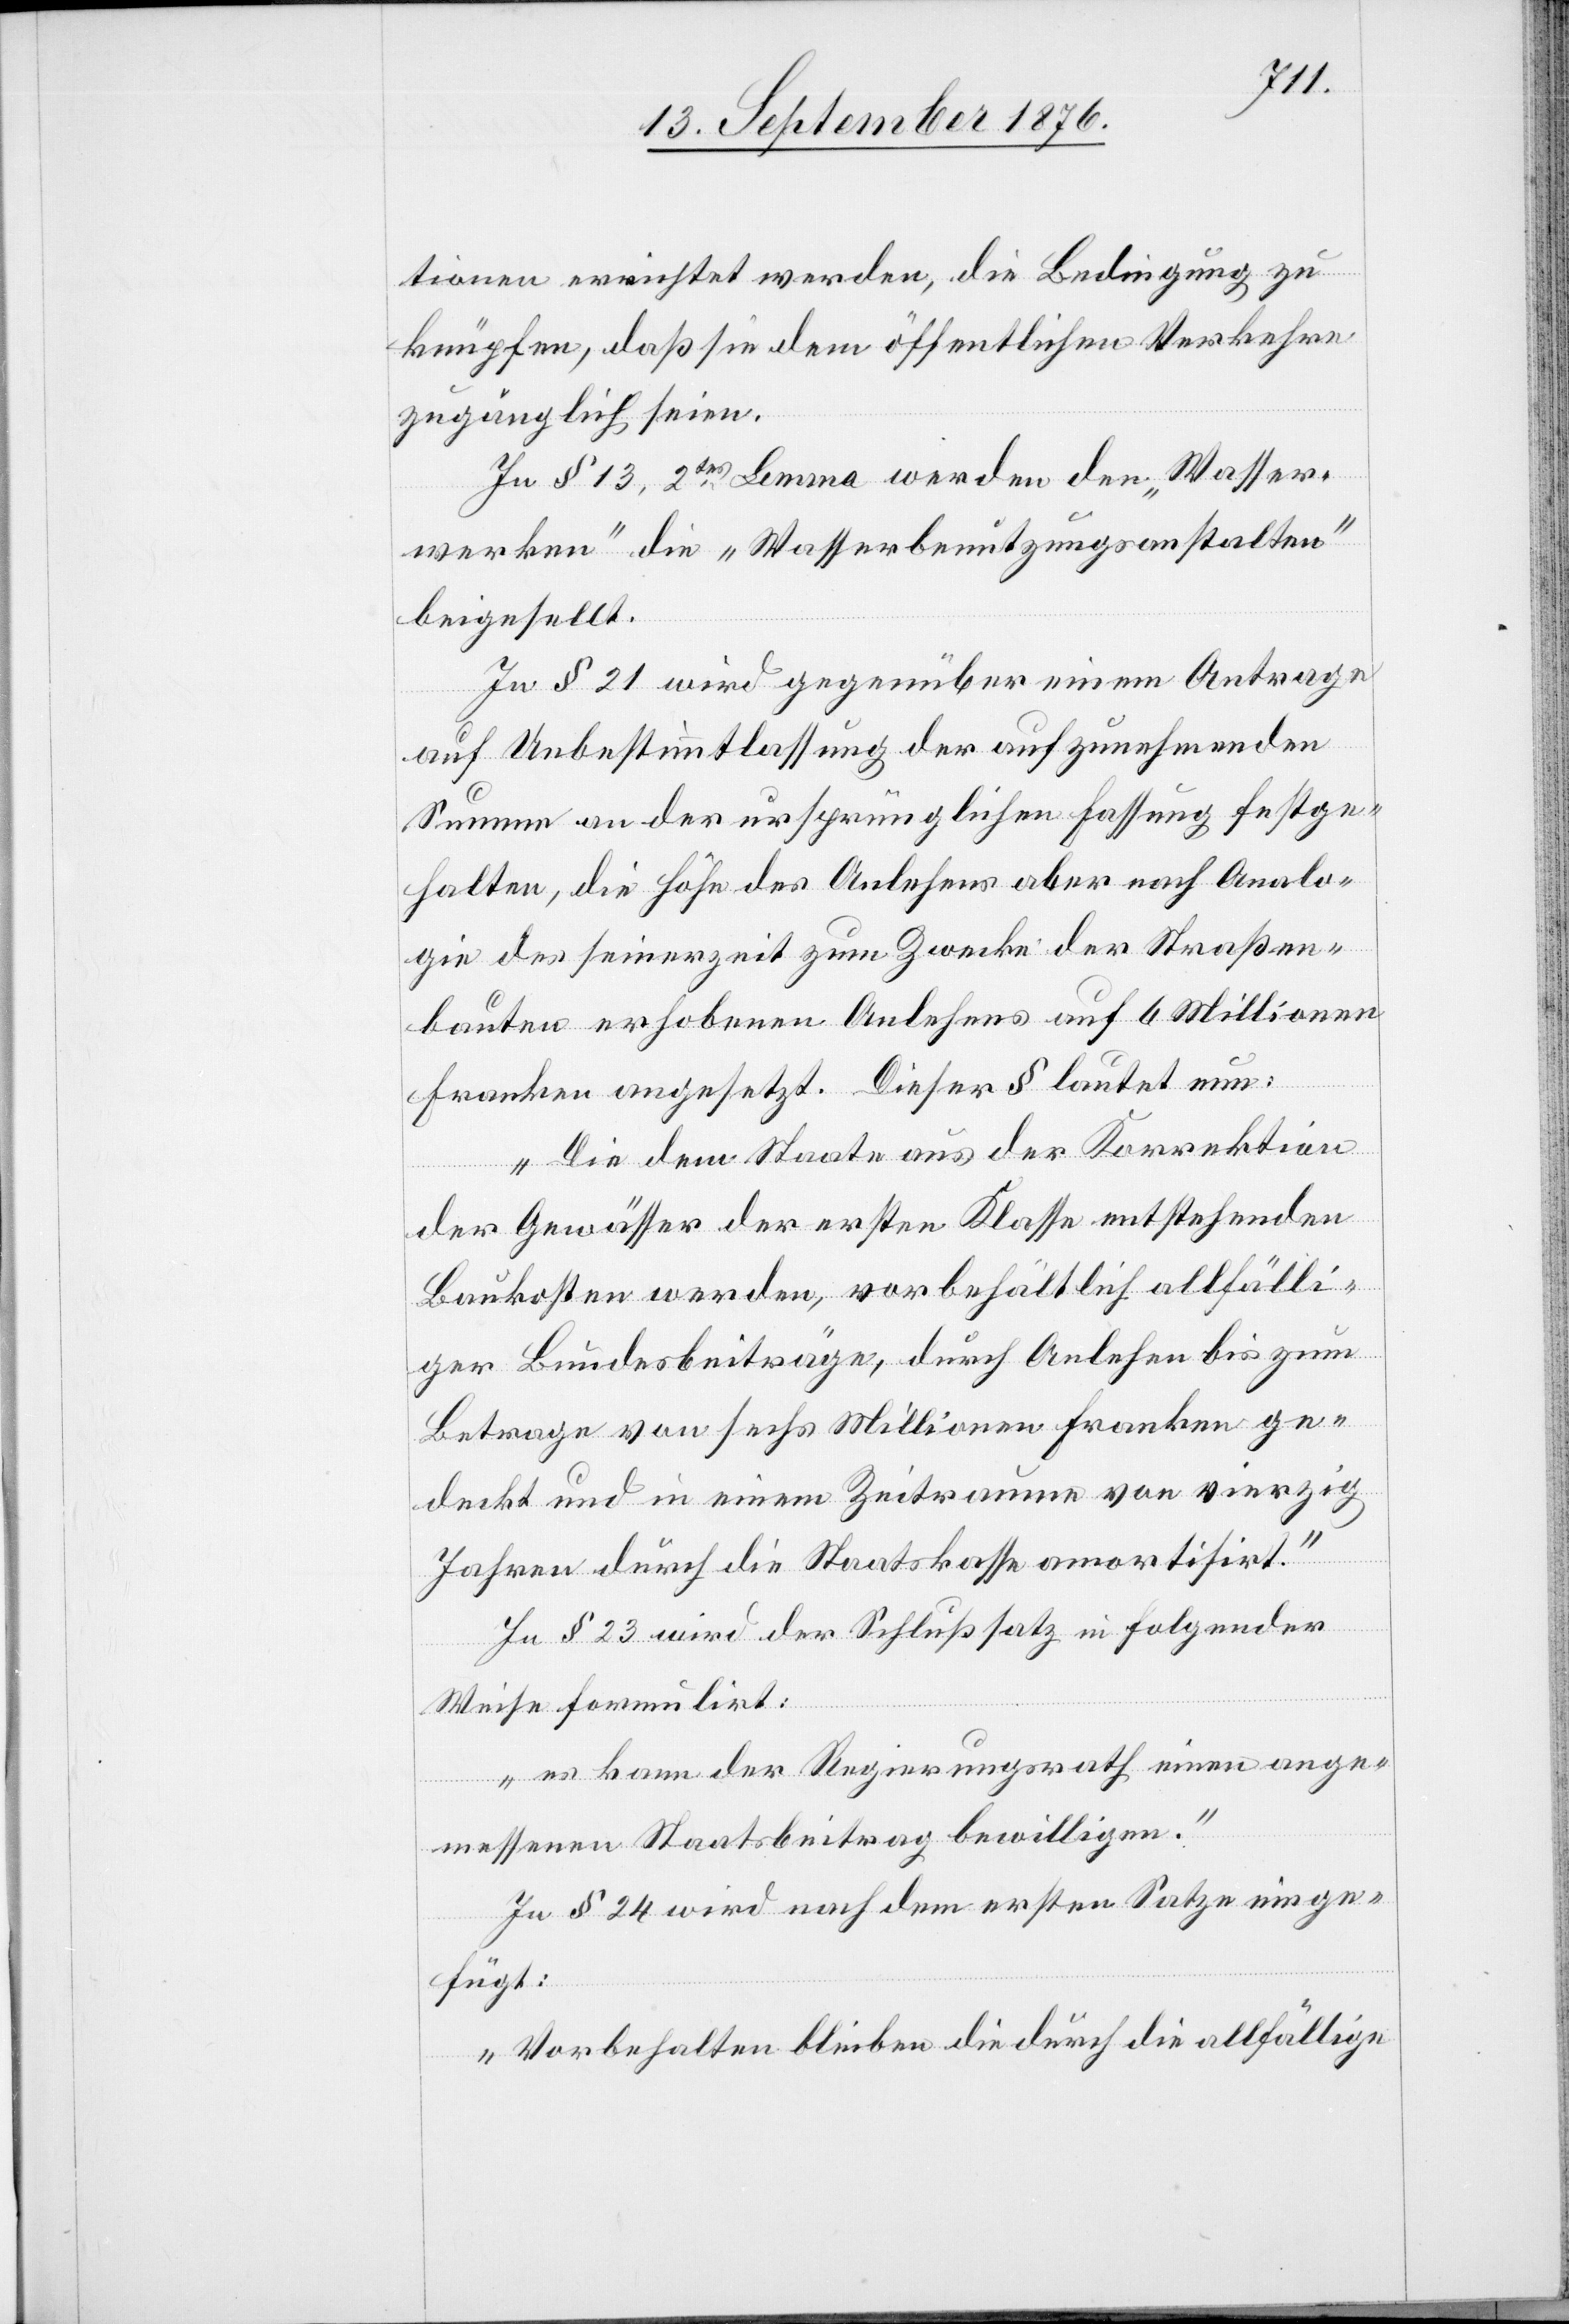
tionen errichtet werden, die Bedingung zu
knüpfen, daß sie dem öffentlichen Verkehre
zugänglich seien.
In § 13, 2tes Lemma werden den „Wasser¬
werken“ die „Wasserbenutzungsanstalten“
beigestellt.
In § 21 wird gegenüber einem Antrage
auf Unbestimmtlassung der aufzunehmenden
Summe an der ursprünglichen Fassung festge¬
halten, die Höhe des Anlehens aber nach Analo¬
gie des seinerzeit zum Zwecke der Straßen¬
bauten erhobenen Anlehens auf 6 Millionen
Franken angesetzt. Dieser lautet nun:
„Die dem Staate aus der Korrektion
der Gewässer der ersten Klasse entstehenden
Baukosten werden, vorbehältlich allfälli¬
ger Bundesbeiträge, durch Anlehen bis zum
Betrage von sechs Millionen Franken ge¬
deckt und in einem Zeitraume von vierzig
Jahren durch die Staatskasse amortisirt.“
In § 23 wird der Schlußsatz in folgender
Weise formulirt:
„es kann der Regierungsrath einen ange¬
messenen Staatsbeitrag bewilligen.“
In § 24 wird nach dem ersten Satze einge¬
fügt:
„Vorbehalten blieben die durch die allfällige